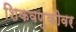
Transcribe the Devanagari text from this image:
शिकवणुकीवर